Insane asylums in Bengal annual reports 1867-1875 - 1867-1875
Year: 1867
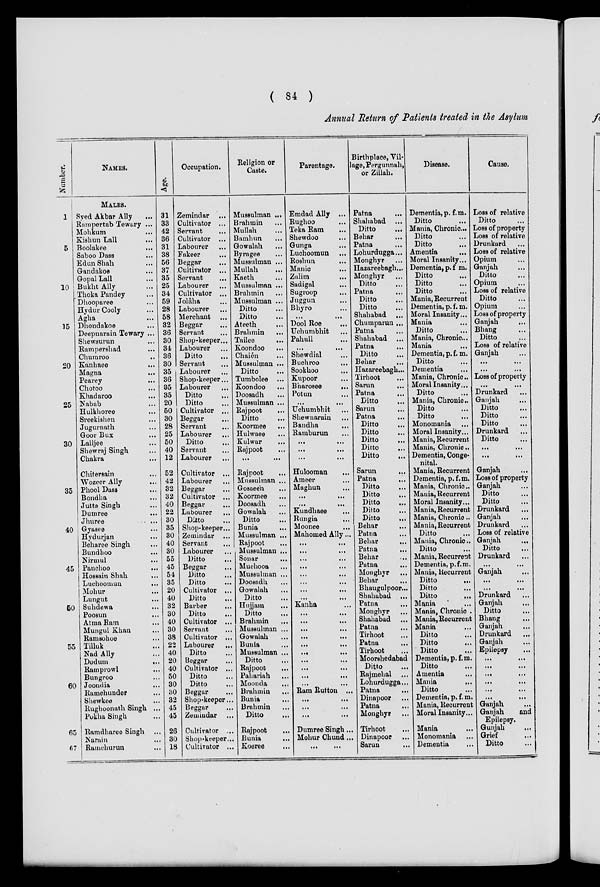
( 84 )
Annual Return of Patients treated in the Asylum
Number.
1
5
10
15
20
25
30
35
40
45
50
55
60
65
67
NAMES.
MALES.
Syed Akbar Ally ...
Rampertab Tewary ...
Mohkum ...
Kishun Lall ...
Boolakee ...
Saboo Dass ...
Edun Shah ...
Gandakoe ...
Gopal Lall ...
Bukht Ally ...
Thoka Pandey ...
Dhooparee ...
Hydur Cooly ...
Agha ...
Dhondakoe ...
Deepnarain Tewary ...
Shewsurun ...
Rampershad ...
Chumroo ...
Kanhaee ...
Magna ...
Pearey ...
Chotoo ...
Khadaroo ...
Nabab ...
Hulkhoree ...
Sreekishen ...
Jugurnath ...
Goor Bus ...
Lalljee ...
Shewraj Singh ...
Chakra ...
Chitersain ...
Wozeer Ally ...
Phool Dass ...
Bondha
Jutta Singh ...
Dumree ...
Jhuree
. ...
Gyasee
Hydurjan
Beharee Singh ...
Bundboo
...
Nirmul
Panchoo
...
Hossain Shah ...
Luchoomun
...
Mohur ...
Lungut ...
Suhdewa ...
Poosun ...
Atma Ram ...
Mungul Khan ...
Ramsohoe ...
Tilluk ...
Nad Ally ...
Dodum
...
Ramprowl ...
Bungroo ....
Joondia ...
Ramchunder ...
Shewkee ...
Rughoonath Singh ...
Pokha Singh ...
Ramdharee Singh ...
Narain ...
Ramchurun ...
Age.
31
33
42
36
31
38
56
37
35
25
34
59
28
58
32
36
30
34
36
30
35
36
35
35
20
50
30
28
25
50
40
12
52
42
32
32
40
22
30
35
30
40
30
55
45
54
35
20
40
32
30
40
30
38
22
40
20
40
50
30
30
32
45
45
26
30
18
Occupation.
Zemindar ...
Cultivator ...
Servant ...
Cultivator ...
Labourer ...
Fakeer ...
Beggar ...
Cultivator ...
Servant
...
Labourer ...
Cultivator ...
Jolâha ...
Labourer ...
Merchant ...
Beggar ...
Servant ...
Shop-keeper...
Labourer ...
Ditto ...
Servant ...
Labourer ...
Shop-keeper...
Labourer ...
Ditto ...
Ditto ...
Cultivator ...
Beggar ...
Servant ...
Labourer ...
Ditto ...
Servant ...
Labourer ...
Cultivator ...
Labourer ...
Beggar ...
Cultivator ...
Beggar ...
Labourer ...
Ditto ...
Shop-keeper ...
Zemindar ...
Servant ...
Labourer ...
Ditto ...
Beggar ...
Ditto ...
Ditto
...
Cultivator ...
Ditto ...
Barber
...
Ditto ...
Cultivator ...
Servant ...
Cultivator ...
Labourer
...
Ditto ...
Beggar ...
Cultivator ...
Ditto ...
Ditto ...
Beggar ...
Shop-keeper...
Beggar ...
Zemindar ...
Cultivator ...
Shop-keeper...
Cultivator ...
Religion or
Caste.
Mussulman ...
Brahmin ...
Mullah ...
Bamhun ...
Gowalah ...
Byragee ...
Mussulman ...
Mullah ...
Kaeth ...
Mussulman ...
Brahmin ...
Mussulman ...
Ditto ...
Ditto ...
Ateeth ...
Brahmin ...
Tailee
...
Koondoo
...
Chaién
...
Mussulman ...
Ditto ...
Tumbolee ...
Koondoo ...
Doosadh ...
Mussulman ...
Rajpoot ...
Ditto ...
Koormee ...
Hulwaee ...
Kulwar ...
Rajpoot ...
...
...
Rajpoot ...
Mussulman ...
Gosaeehn ...
Koormee ...
Doosadh ...
Gowalah ...
Ditto ...
Bunia
...
Mussulman ...
Rajpoot ...
Mussulman ...
Sonar ...
Muchooa ...
Mussulman ...
Doosadh ...
Gowalah ...
Ditto ...
Hujjam ...
Ditto ...
Brahmin ...
Mussulman ...
Gowalah ...
Bunia
...
Mussulman ...
Ditto ...
Rajpoot ...
Pahariah ...
Moonda
...
Brahmin ...
Bunia ...
Brahmin ...
Ditto ...
Rajpoot ...
Bunia ...
Koeree ...
Parentage.
Emdad Ally ...
Rughoo ...
Teka Ram
...
Shewdoo ...
Gunga ...
Luchoomun ...
Roshun ...
Manic ...
Zalim ...
Sadigal ...
Sugroop ...
Juggun ...
Bhyro ...
...
...
Dool Roe
...
Uchumbhit ...
Pahull ...
...
...
Shewdial ...
Buchroo
...
Sookhoo ...
Kupoor ...
Bharosee
...
Potun ...
... ...
Uchumbhit ...
Shewnarain ...
Bandha ...
Ramburun ...
...
...
...
...
... ...
Hulooman ...
Ameer ...
Maghun ...
...
...
...
...
Kundhaee ...
Rungia ...
Moonee ...
Mahomed Ally...
...
...
...
...
...
...
...
...
...
...
...
...
...
...
...
...
Kanha
...
...
...
...
...
...
...
...
...
...
... ...
...
...
...
...
...
...
...
...
Ram Rutton ...
... ...
...
...
...
...
...
...
Dumree Singh...
Mohur Chund...
...
...
Birthplace, Vil-
lage, Pergunnah,
or Zillah.
Patna ...
Shahabad ...
Ditto ...
Behar
...
Patna ...
Lohurdugga...
Monghyr ...
Hazareebagh ...
Monghyr ...
Ditto ...
Patna ...
Ditto ...
Ditto ...
Shahabad ...
Chumparun ...
Patna ...
Shahabad ...
Patna ...
Ditto ...
Behar ...
Hazareebagh...
Tirhoot ...
Sarun ...
Patna ...
Ditto ...
Sarun ...
Patna ...
Ditto ...
Ditto ...
Ditto ...
Ditto ...
Ditto ...
Sarun ...
Patna ...
Ditto ...
Ditto ...
Ditto ...
Ditto ...
Ditto ...
Behar ...
Patna
...
Behar ...
Patna ...
Behar ...
Patna ...
Monghyr ...
Behar ...
Bhaugulpoor ...
Shahabad ...
Patna ...
Monghyr
...
Shahabad ...
Patna ...
Tirhoot ...
Patna ...
Tirhoot ...
Moorshedabad
Ditto ...
Rajmehal ...
Lohurdugga ...
Patna ...
Dinapoor ...
Patna ...
Monghyr ...
Tirhoot ...
Dinapoor ...
Sarun ...
Disease.
Dementia, p. f.m.
Ditto ...
Mania, Chronic...
Ditto ...
Ditto ...
Amentia ...
Moral Insanity...
Dementia, p. f. m.
Ditto ...
Ditto ...
Ditto ...
Mania, Recurrent
Dementia, p. f.m.
Moral Insanity...
Mania
Ditto
Mania, Chronic...
Mania ...
Dementia, p. f. m.
Ditto ...
Dementia ...
Mania, Chronic..
Moral Insanity...
Ditto ...
Mania, Chronic.
Ditto ...
Ditto
...
Monomania ...
Moral Insanity...
Mania, Recurrent
Mania, Chronic.
Dementia, Conge-
nital.
Mania, Recurrent
Dementia, p. f.m.
Mania, Chronic.
Mania, Recurrent
Moral Insanity...
Mania, Recurrent
Mania, Chronic..
Mania, Recurrent
Ditto ...
Mania, Chronic.
Ditto ...
Mania, Recurrent
Dementia, p. f.m.
Mania, Recurrent
Ditto ...
Ditto ...
Ditto ...
Mania ...
Mania, Chronic .
Mania, Recurrent
Mania ...
Ditto ...
Ditto ...
Ditto ...
Dementia, p. f.m.
Ditto ...
Amentia ...
Mania
...
Ditto ...
Dementia, p. f. m.
Mania, Recurrent
Moral Insanity...
Mania ...
Monomania ...
Dementia ...
Cause.
Loss of relative
Ditto ...
Loss of property
Loss of relative
Drunkard ...
Loss of relative
Opium ...
Ganjah ...
Ditto ...
Opium ...
Loss of relative
Ditto ...
Opium ...
Loss of property
Ganjah ...
Bhang ...
Ditto
...
Loss of relative
Ganjah ...
... ...
... ...
Loss of property
... ...
Drunkard ...
Ganjah ...
Ditto ...
Ditto ...
Ditto ...
Drunkard ...
Ditto ...
... ...
... ...
Ganjah ...
Loss of property
Ganjah ...
Ditto ...
Ditto ...
Drunkard ...
Ganjah ...
Drunkard ...
Loss of relative
Ganjah ...
Ditto ...
Drunkard ...
... ...
Ganjah ...
... ...
...
...
Drunkard ...
Ganjah ...
Ditto ...
Bhang ...
Ganjah ...
Drunkard ...
Ganjah ...
Epilepsy ...
...
...
...
...
...
...
... ...
...
...
...
...
Ganjah
Ganjah
and
Epilepsy.
Gunjah ...
Grief ...
Ditto ...